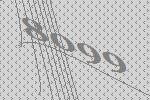
8099